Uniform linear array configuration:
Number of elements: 24
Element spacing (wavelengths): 0.5
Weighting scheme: hamming
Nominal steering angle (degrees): -60
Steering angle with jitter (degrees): -60.509
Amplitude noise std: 0.05
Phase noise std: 0.05

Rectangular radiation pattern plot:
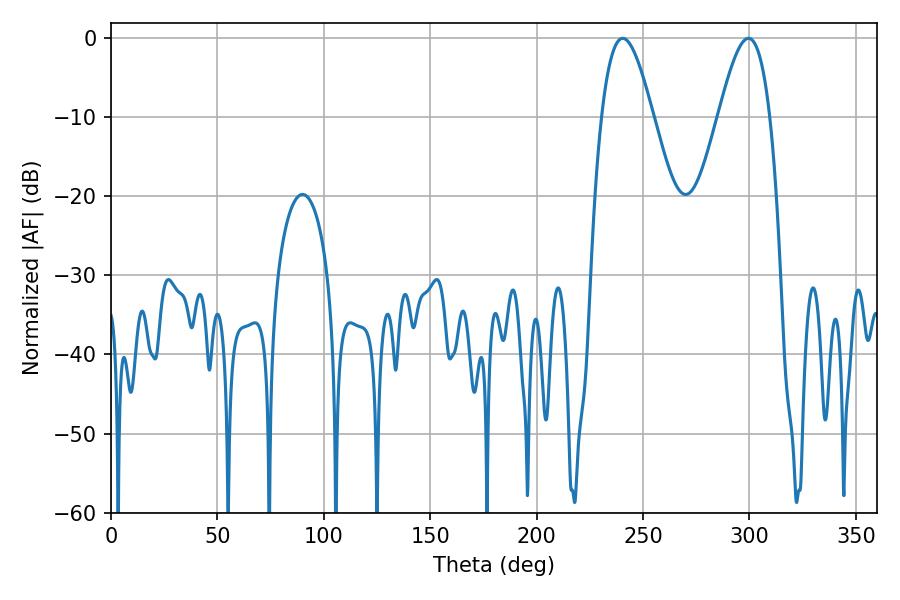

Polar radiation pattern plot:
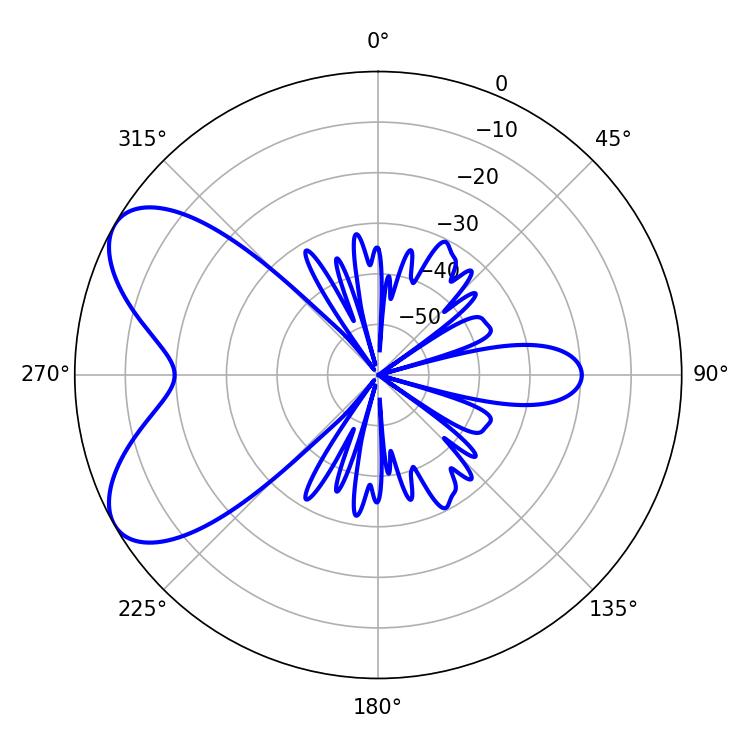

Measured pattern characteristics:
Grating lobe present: FALSE
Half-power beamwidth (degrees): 13.14
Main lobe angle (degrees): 240.48